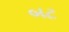
બટ